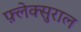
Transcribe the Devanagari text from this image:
फ़्लेक्सुराल